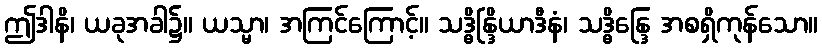
ဤဒါနိ၊ ယခုအခါ၌။ ယသ္မာ၊ အကြင်ကြောင့်။ သဒ္ဓိန္ဒြိယာဒီနံ၊ သဒ္ဓိန္ဒြေ အစရှိကုန်သော။